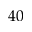
4 0